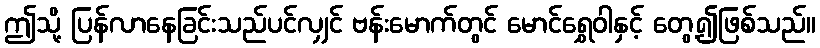
ဤသို့ ပြန်လာနေခြင်းသည်ပင်လျှင် ဗန်းမောက်တွင် မောင်ရွှေဝါနှင့် တွေ့၍ဖြစ်သည်။